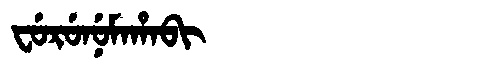
Manchu: ᠸᡠᡵᡠᠨᡠᠮᠠᡥᠠᠪᡳ
Romanization: FURUNUMAHABI